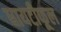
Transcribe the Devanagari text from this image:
धायटीफूल